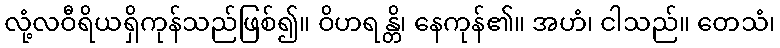
လုံ့လဝီရိယရှိကုန်သည်ဖြစ်၍။ ဝိဟရန္တိ၊ နေကုန်၏။ အဟံ၊ ငါသည်။ တေသံ၊